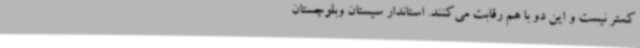
کمتر نیست و این دو با هم رقابت می‌کنند. استاندار سیستان وبلوچستان